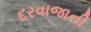
દરવાજાની